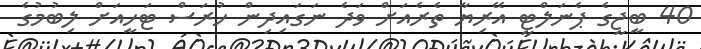
40 ބީޖީގެ ޕެނަލްޓީ އޭރިޔާ ތެރެއަށް ވަދެ ނަގައިދިން ހުރަސް ޓަހީއަށް ލިބުމުގެ